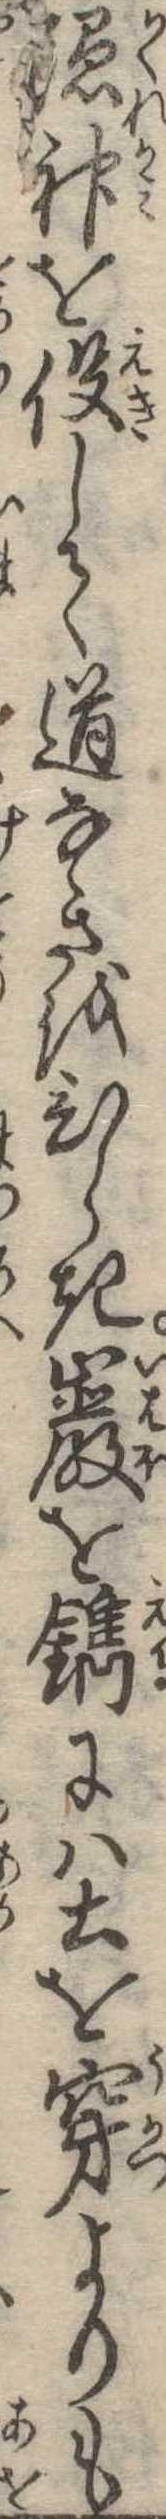
隠神を役して道なきをひらき巌を鐫には土を穿よりも